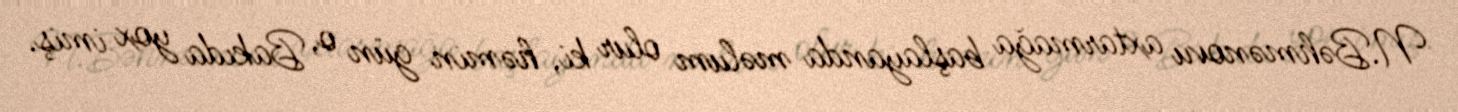
N.Bəhmənovu axtarmağa başlayanda məlum olur ki, həmin gün o, Bakıda yox imiş.